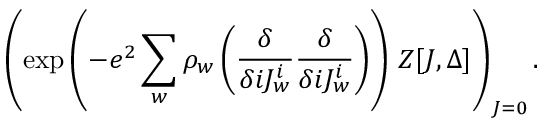
\left( \exp \left( - e ^ { 2 } \sum _ { w } \rho _ { w } \left( { \frac { \delta } { \delta i J _ { w } ^ { i } } } { \frac { \delta } { \delta i J _ { w } ^ { i } } } \right) \right) \, Z [ J , \Delta ] \right) _ { J = 0 } .